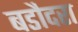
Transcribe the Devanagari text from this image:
बडौदरा